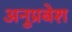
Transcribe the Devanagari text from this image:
अनुप्रबेश